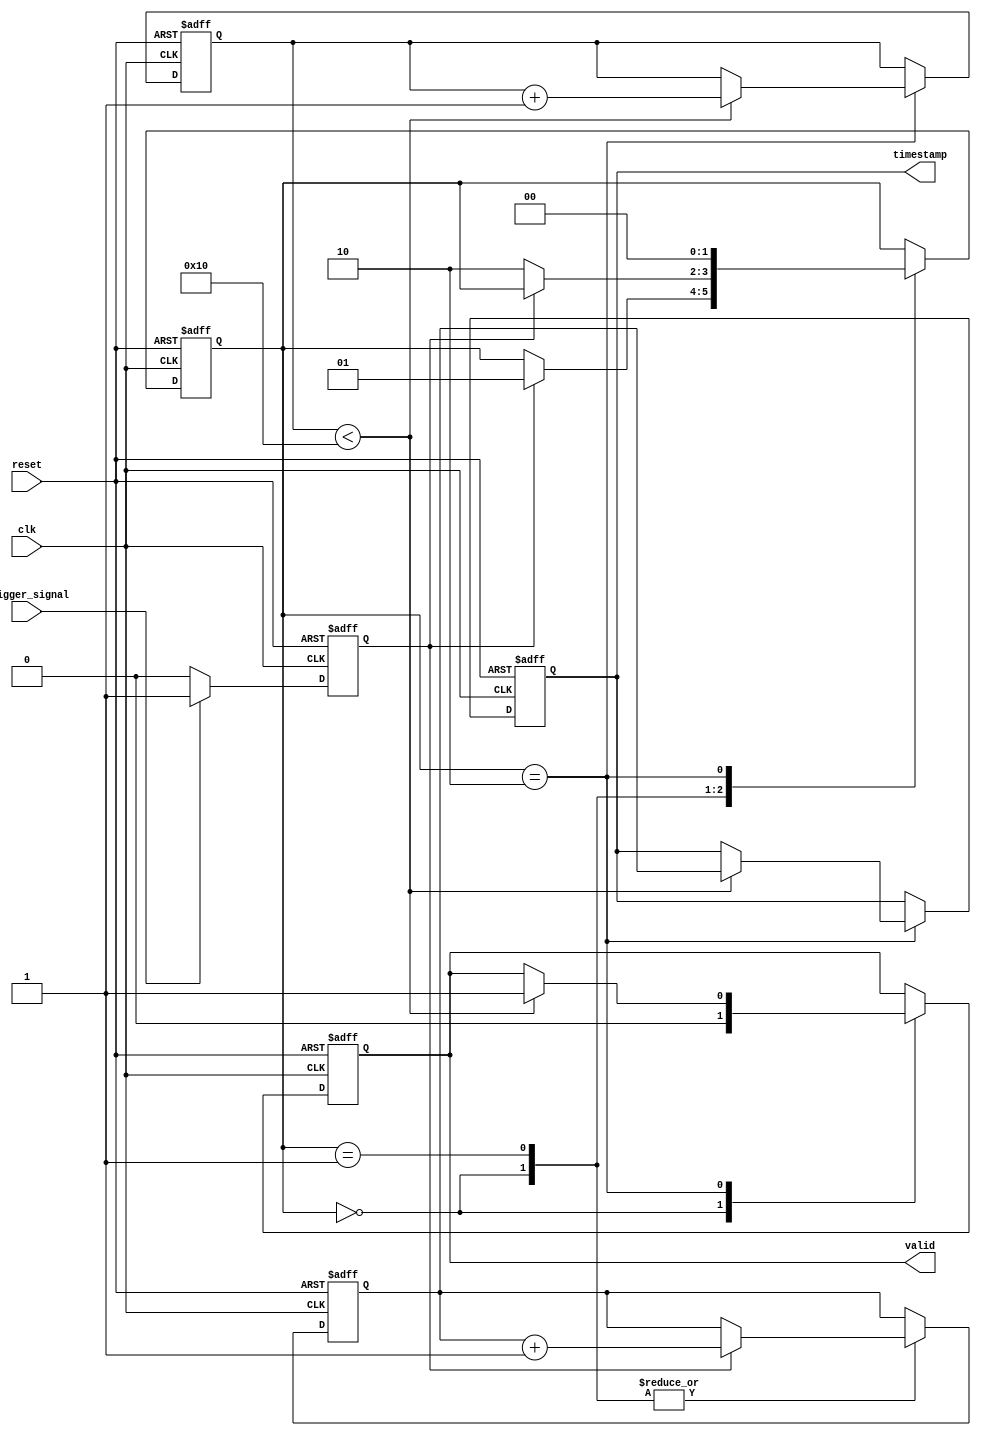
module MultiDomainTDC (
    input wire clk,               // Main clock input
    input wire reset,             // Reset signal
    input wire trigger_signal,     // Trigger input signal
    output reg [31:0] timestamp,  // Output timestamp
    output reg valid              // Valid output signal
);

    // Parameters
    parameter DEPTH = 16;         // Depth of timestamps memory
    parameter COUNTER_MAX = 32'hFFFFFFFF; // Max value for the time counter

    // State encoding
    parameter IDLE = 2'b00,
              MEASURING = 2'b01,
              STORING = 2'b10;

    // Memory to store timestamps
    reg [31:0] timestamps [0:DEPTH-1]; // Memory block for storing timestamps
    reg [3:0] write_pointer;            // Write pointer for memory
    reg [1:0] state;                    // State machine state
    reg [31:0] time_counter;            // Time counter
    reg edge_detected;                  // Edge detected flag

    // Edge detection logic
    always @(posedge clk or posedge reset) begin
        if (reset) begin
            edge_detected <= 1'b0;
        end else begin
            if (trigger_signal) begin
                edge_detected <= 1'b1; // Rising edge detected
            end else begin
                edge_detected <= 1'b0; // No edge
            end
        end
    end

    // State Machine for TDC operation
    always @(posedge clk or posedge reset) begin
        if (reset) begin
            state <= IDLE;
            write_pointer <= 0;
            time_counter <= 0;
            valid <= 1'b0;
            timestamp <= 0;
        end else begin
            case (state)
                IDLE: begin
                    valid <= 1'b0; // Indicate no valid timestamp
                    if (edge_detected) begin
                        time_counter <= time_counter + 1; // Increment time counter
                        state <= MEASURING; // Move to measuring state
                    end
                end
                MEASURING: begin
                    // Continue counting until the next edge
                    if (edge_detected) begin
                        time_counter <= time_counter + 1; // Increment on each clock edge
                    end else begin
                        // Transition to storing state on falling edge
                        state <= STORING;
                    end
                end
                STORING: begin
                    if (write_pointer < DEPTH) begin
                        timestamps[write_pointer] <= time_counter; // Store timestamp
                        write_pointer <= write_pointer + 1; // Move to next memory location
                        timestamp <= time_counter; // Output current timestamp
                        valid <= 1'b1; // Mark timestamp as valid
                    end
                    state <= IDLE; // Return to idle state
                end
            endcase
        end
    end

endmodule